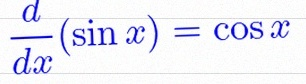
\frac{d}{dx}(\sin x)=\cos x